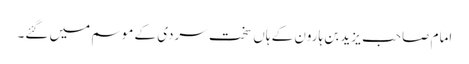
امام صاحب یزید بن ہارون کے ہاں سخت سردی کے موسم میں گئے۔